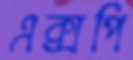
এক্সপি